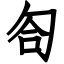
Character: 匌